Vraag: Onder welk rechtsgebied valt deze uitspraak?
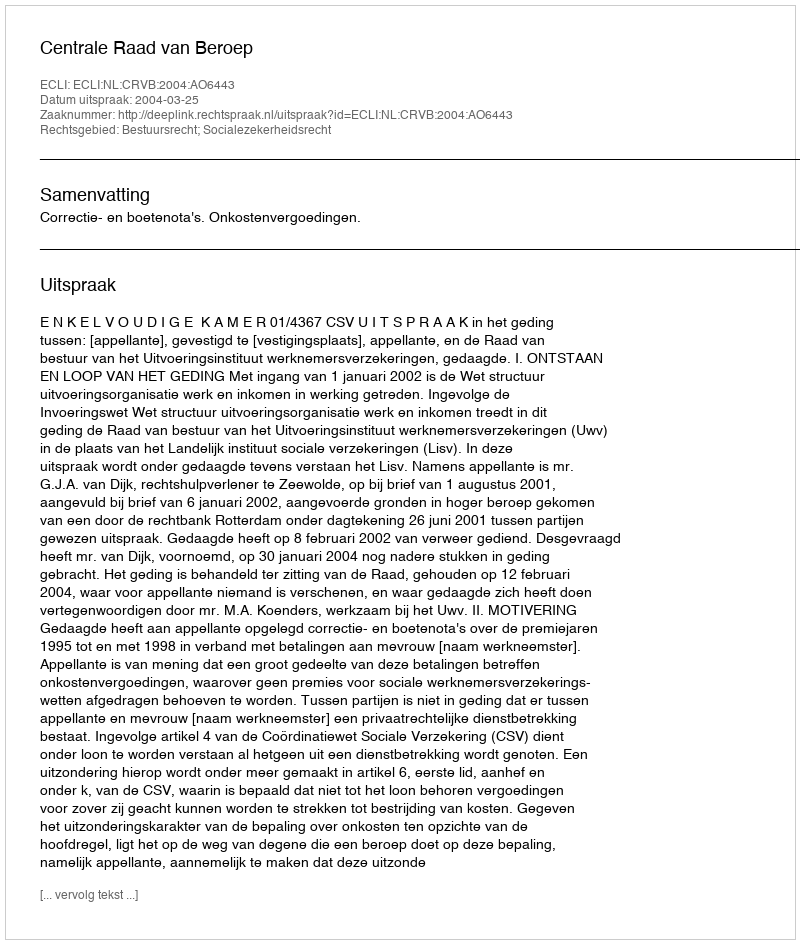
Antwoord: Bestuursrecht; Socialezekerheidsrecht